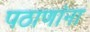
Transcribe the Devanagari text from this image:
पठाणांना